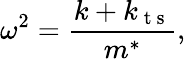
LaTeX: \omega^{2}=\frac{k+k_{\mathrm{~t~s~}}}{m^{*}},